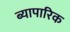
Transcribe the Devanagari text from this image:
ब्यापारिक